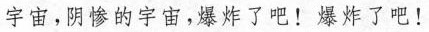
宇宙，阴惨的宇宙，爆炸了吧！爆炸了吧！